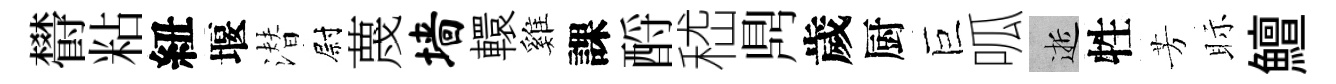
欎粘紐堰潜尉蔑墙轘雞課酹嵇𪔂歲厨巨呱逝牲芳眎鱣